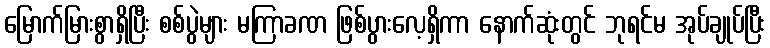
မြောက်မြားစွာရှိပြီး စစ်ပွဲများ မကြာခဏ ဖြစ်ပွားလေ့ရှိကာ နောက်ဆုံးတွင် ဘုရင်မ အုပ်ချုပ်ပြီး